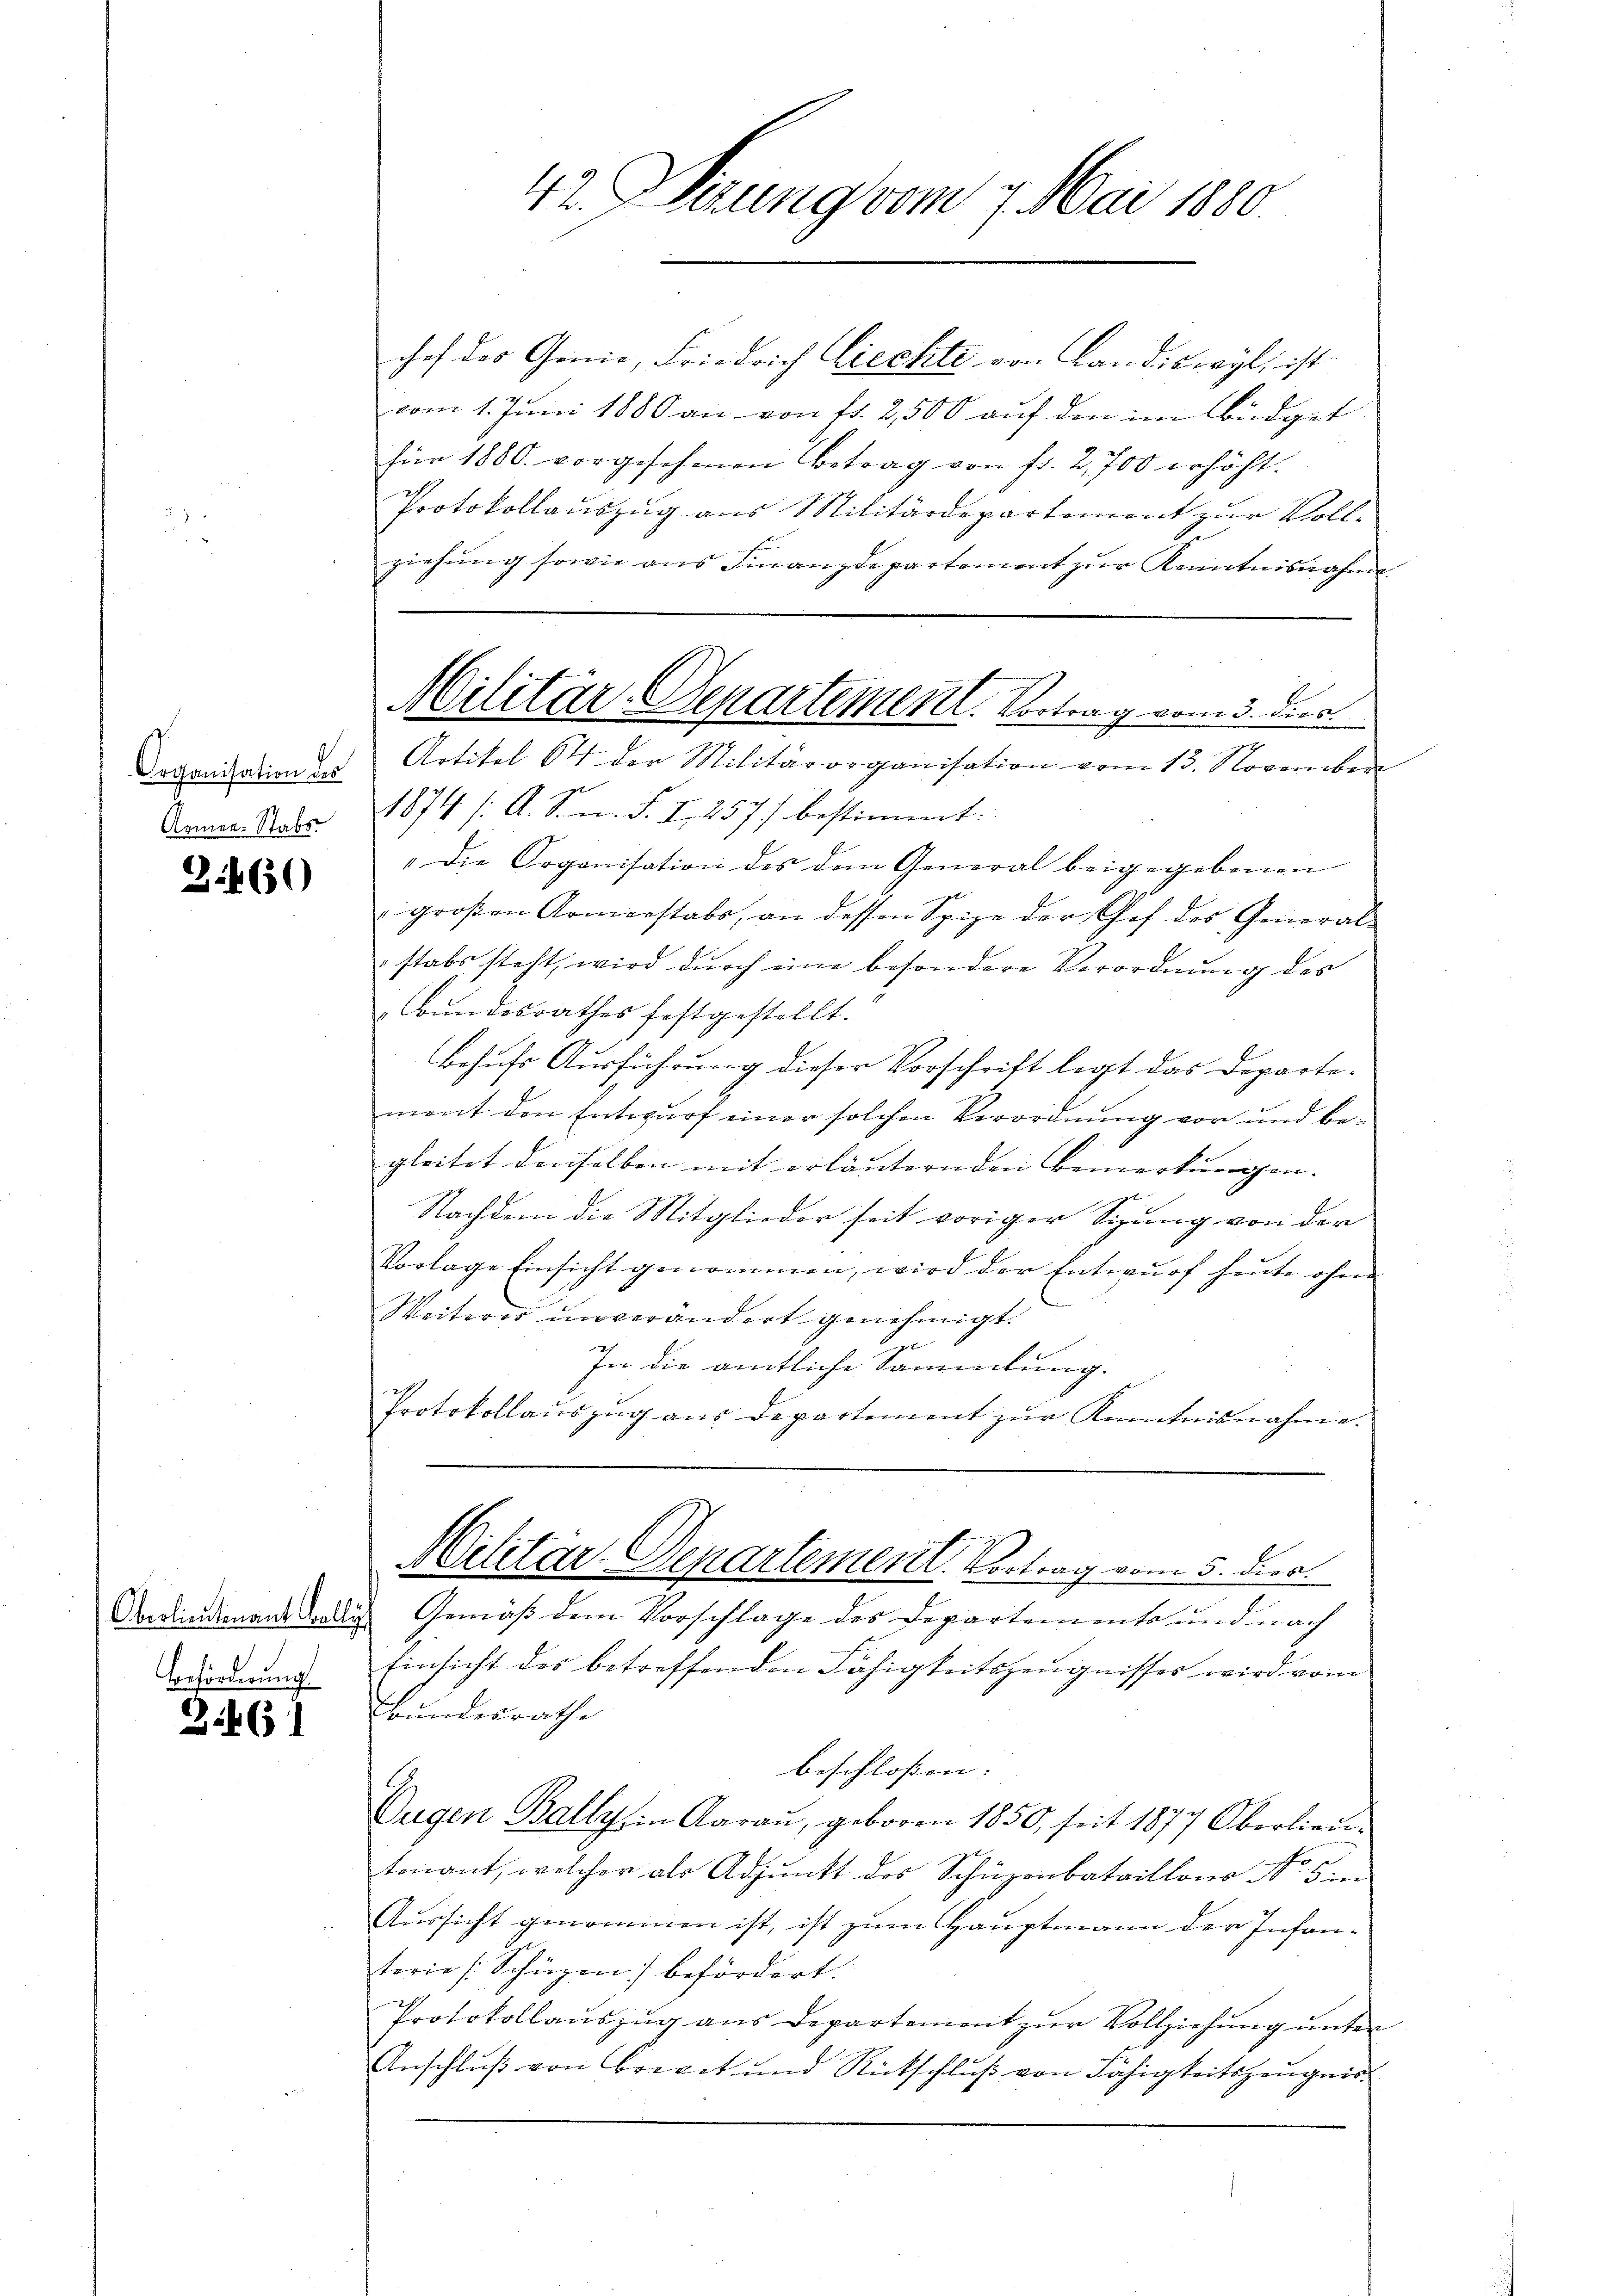
Organisation des
Armee-Stabs

3460

Beförderung

3.461

42. Verung vom 9. Mai 1880.

chef der Genie, Friedrich Liechte von Landiswyl, ist
vom 1. Juni 1880 an von fl. 2,500 auf den im Büdget
für 1880. vorgesehenen Betrag von fr. 2,700 erhöht.
Protokollauszug aus Militärdepartement zur Vollziehung sowie aus Finanzdepartement zur Kenntnisnahme.
Artikel 64 der Militärorganisation vom 13. November
1874 /: A. S. m. S. I., 257) bestimmt.
"Die Organisation des dem General beigegebenen
groβen Armenstabe, an dessen Spize der Chef des General-
stabs steht, wird durch eine besondere Verordnung des
Bundesrathes festgestellt.
Behufs Ausführung dieser Vorschrift legt das Departe-
ment den Entwurf einer solchen Verordnung vor und begleitet denselben mit erläuternden Bemerkungen. |
Nachdem die Mitglieder seit voriger Sitzung von der
Vorlage Einsicht genommen, wird der Entwurf heute ohne
Weiterer unverändert genehmigt.
In die amtliche Sammlung.
Protokollauszug aus Departement zur Kenntnisnahme.
Militar-Departement. Vortrag vom 5. dies
Ardientenanstallis Gemäß dem Vorschlage des Departements und nach
Einsicht des betreffenden Fähigkeitszeugnisses wird vom
Bundesrathe
beschlossen: |
Dugen Bally in Aarau, geboren 1850, seit 1877 Oberlieŭ
tonant, welcher als Adjunkt des Schüzenbataillons No 8 in
Aussicht genommen ist, ist zum Hauptmann der Infan-
terie /:Schüzen befördert.
Protokollaŭszŭg ans Departement zŭr Vollziehŭng ŭnter
Anschluß von Breget und Rückschluß von Fähigkeitszeugnis¬

Militär-Departementl. Vortrag vom 3. dies